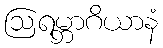
ဩရမ္ဘာဂိယာနံ